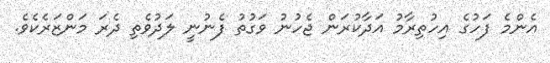
އެންމެ ފަހުގެ އިހުތިރާމު އަދާކުރަން ޖެހުނު ވަގުތު ފެނުނީ ލަދުވެތި ދެރަ މަންޒަރެކެވެ.